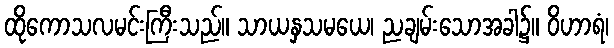
ထိုကောသလမင်းကြီးသည်။ သာယနှသမယေ၊ ညချမ်းသောအခါ၌။ ဝိဟာရံ၊